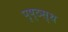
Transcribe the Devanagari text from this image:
पृष्ठस्थ